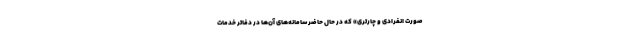
صورت انفرادی و چارتری» که در حال حاضر سامانه‌های آن‌ها در دفاتر خدمات